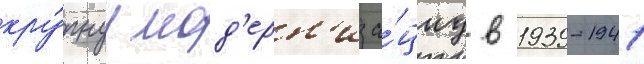
кру́пнуу мод'ерн'иза́циу в 1939-1941